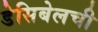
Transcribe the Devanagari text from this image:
डेसिबेलची